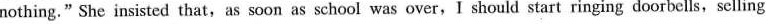
nothing." She insisted that,as soon as school was over,I should start ringing doorbells,selling